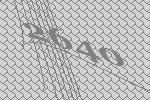
2640